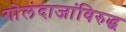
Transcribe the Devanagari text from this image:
गोलंदाजांविरुद्ध